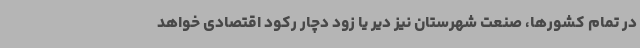
در تمام کشورها، صنعت شهرستان نیز دیر یا زود دچار رکود اقتصادی خواهد